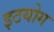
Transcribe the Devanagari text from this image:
इठयोग